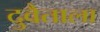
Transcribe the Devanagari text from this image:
दुवैताला